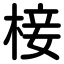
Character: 椄